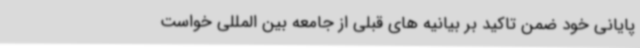
پایانی خود ضمن تاکید بر بیانیه های قبلی از جامعه بین المللی خواست